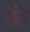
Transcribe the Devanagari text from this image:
चेयेन